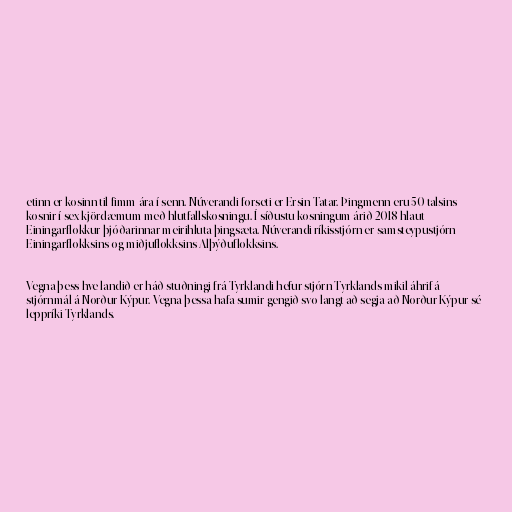
etinn er kosinn til fimm ára í senn. Núverandi forseti er Ersin Tatar. Þingmenn eru 50 talsins
kosnir í sex kjördæmum með hlutfallskosningu. Í síðustu kosningum árið 2018 hlaut
Einingarflokkur þjóðarinnar meirihluta þingsæta. Núverandi ríkisstjórn er samsteypustjórn
Einingarflokksins og miðjuflokksins Alþýðuflokksins.

Vegna þess hve landið er háð stuðningi frá Tyrklandi hefur stjórn Tyrklands mikil áhrif á
stjórnmál á Norður-Kýpur. Vegna þessa hafa sumir gengið svo langt að segja að Norður-Kýpur sé
leppríki Tyrklands.